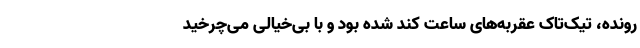
رونده، تیک‌تاک عقربه‌های ساعت کُند شده بود و با بی‌خیالی می‌چرخید